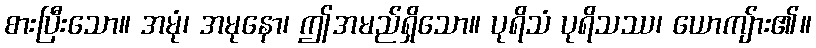
စားပြီးသော။ အမုံ၊ အမုနော၊ ဤအမည်ရှိသော။ ပုရိသံ ပုရိသဿ၊ ယောကျ်ား၏။